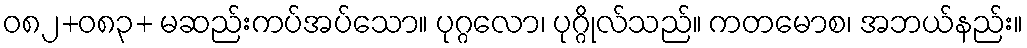
ဝ၈၂+၀၈၃+ မဆည်းကပ်အပ်သော။ ပုဂ္ဂလော၊ ပုဂ္ဂိုလ်သည်။ ကတမောစ၊ အဘယ်နည်း။